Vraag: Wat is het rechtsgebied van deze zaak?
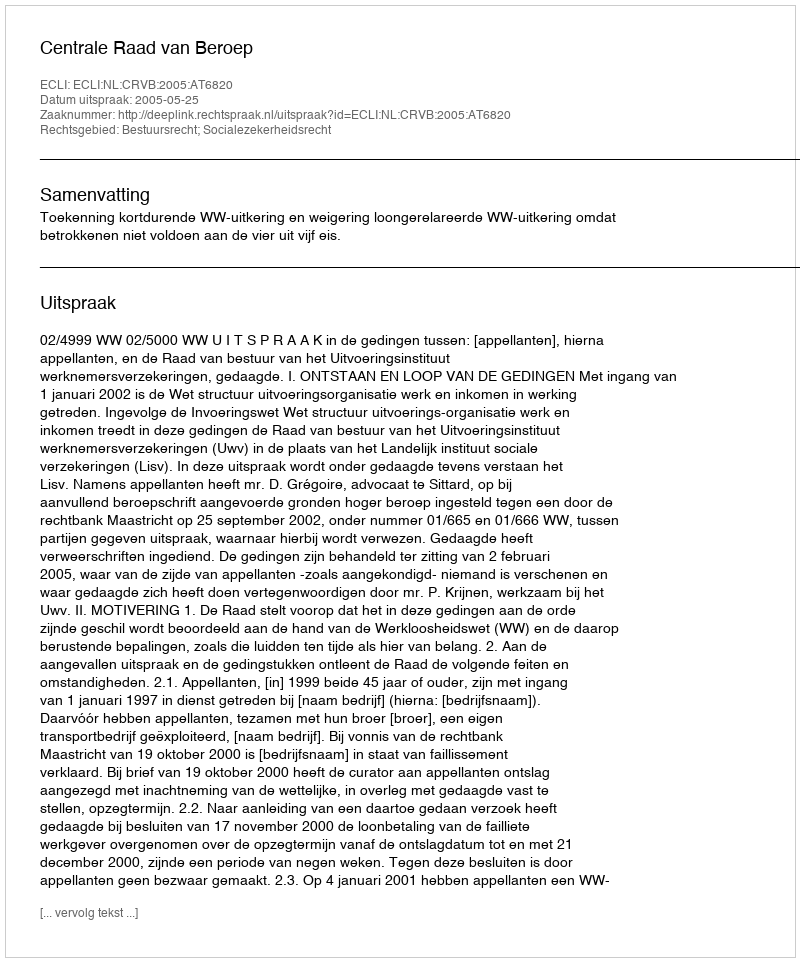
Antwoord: Bestuursrecht; Socialezekerheidsrecht